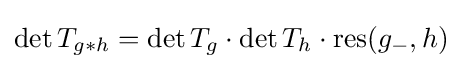
\det T_{g*h}=\det T_{g}\cdot \det T_{h}\cdot \mathrm {res} (g_{-},h)